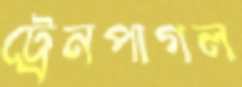
ট্রেনপাগল